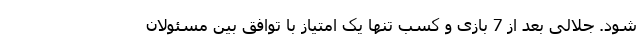
شود. جلالی بعد از 7 بازی و کسب تنها یک امتیاز با توافق بین مسئولان